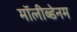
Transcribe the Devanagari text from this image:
मॉलीब्डेनम